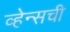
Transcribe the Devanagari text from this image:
व्हेन्सची